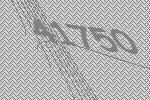
41750